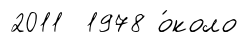
2011 1978 о́коло